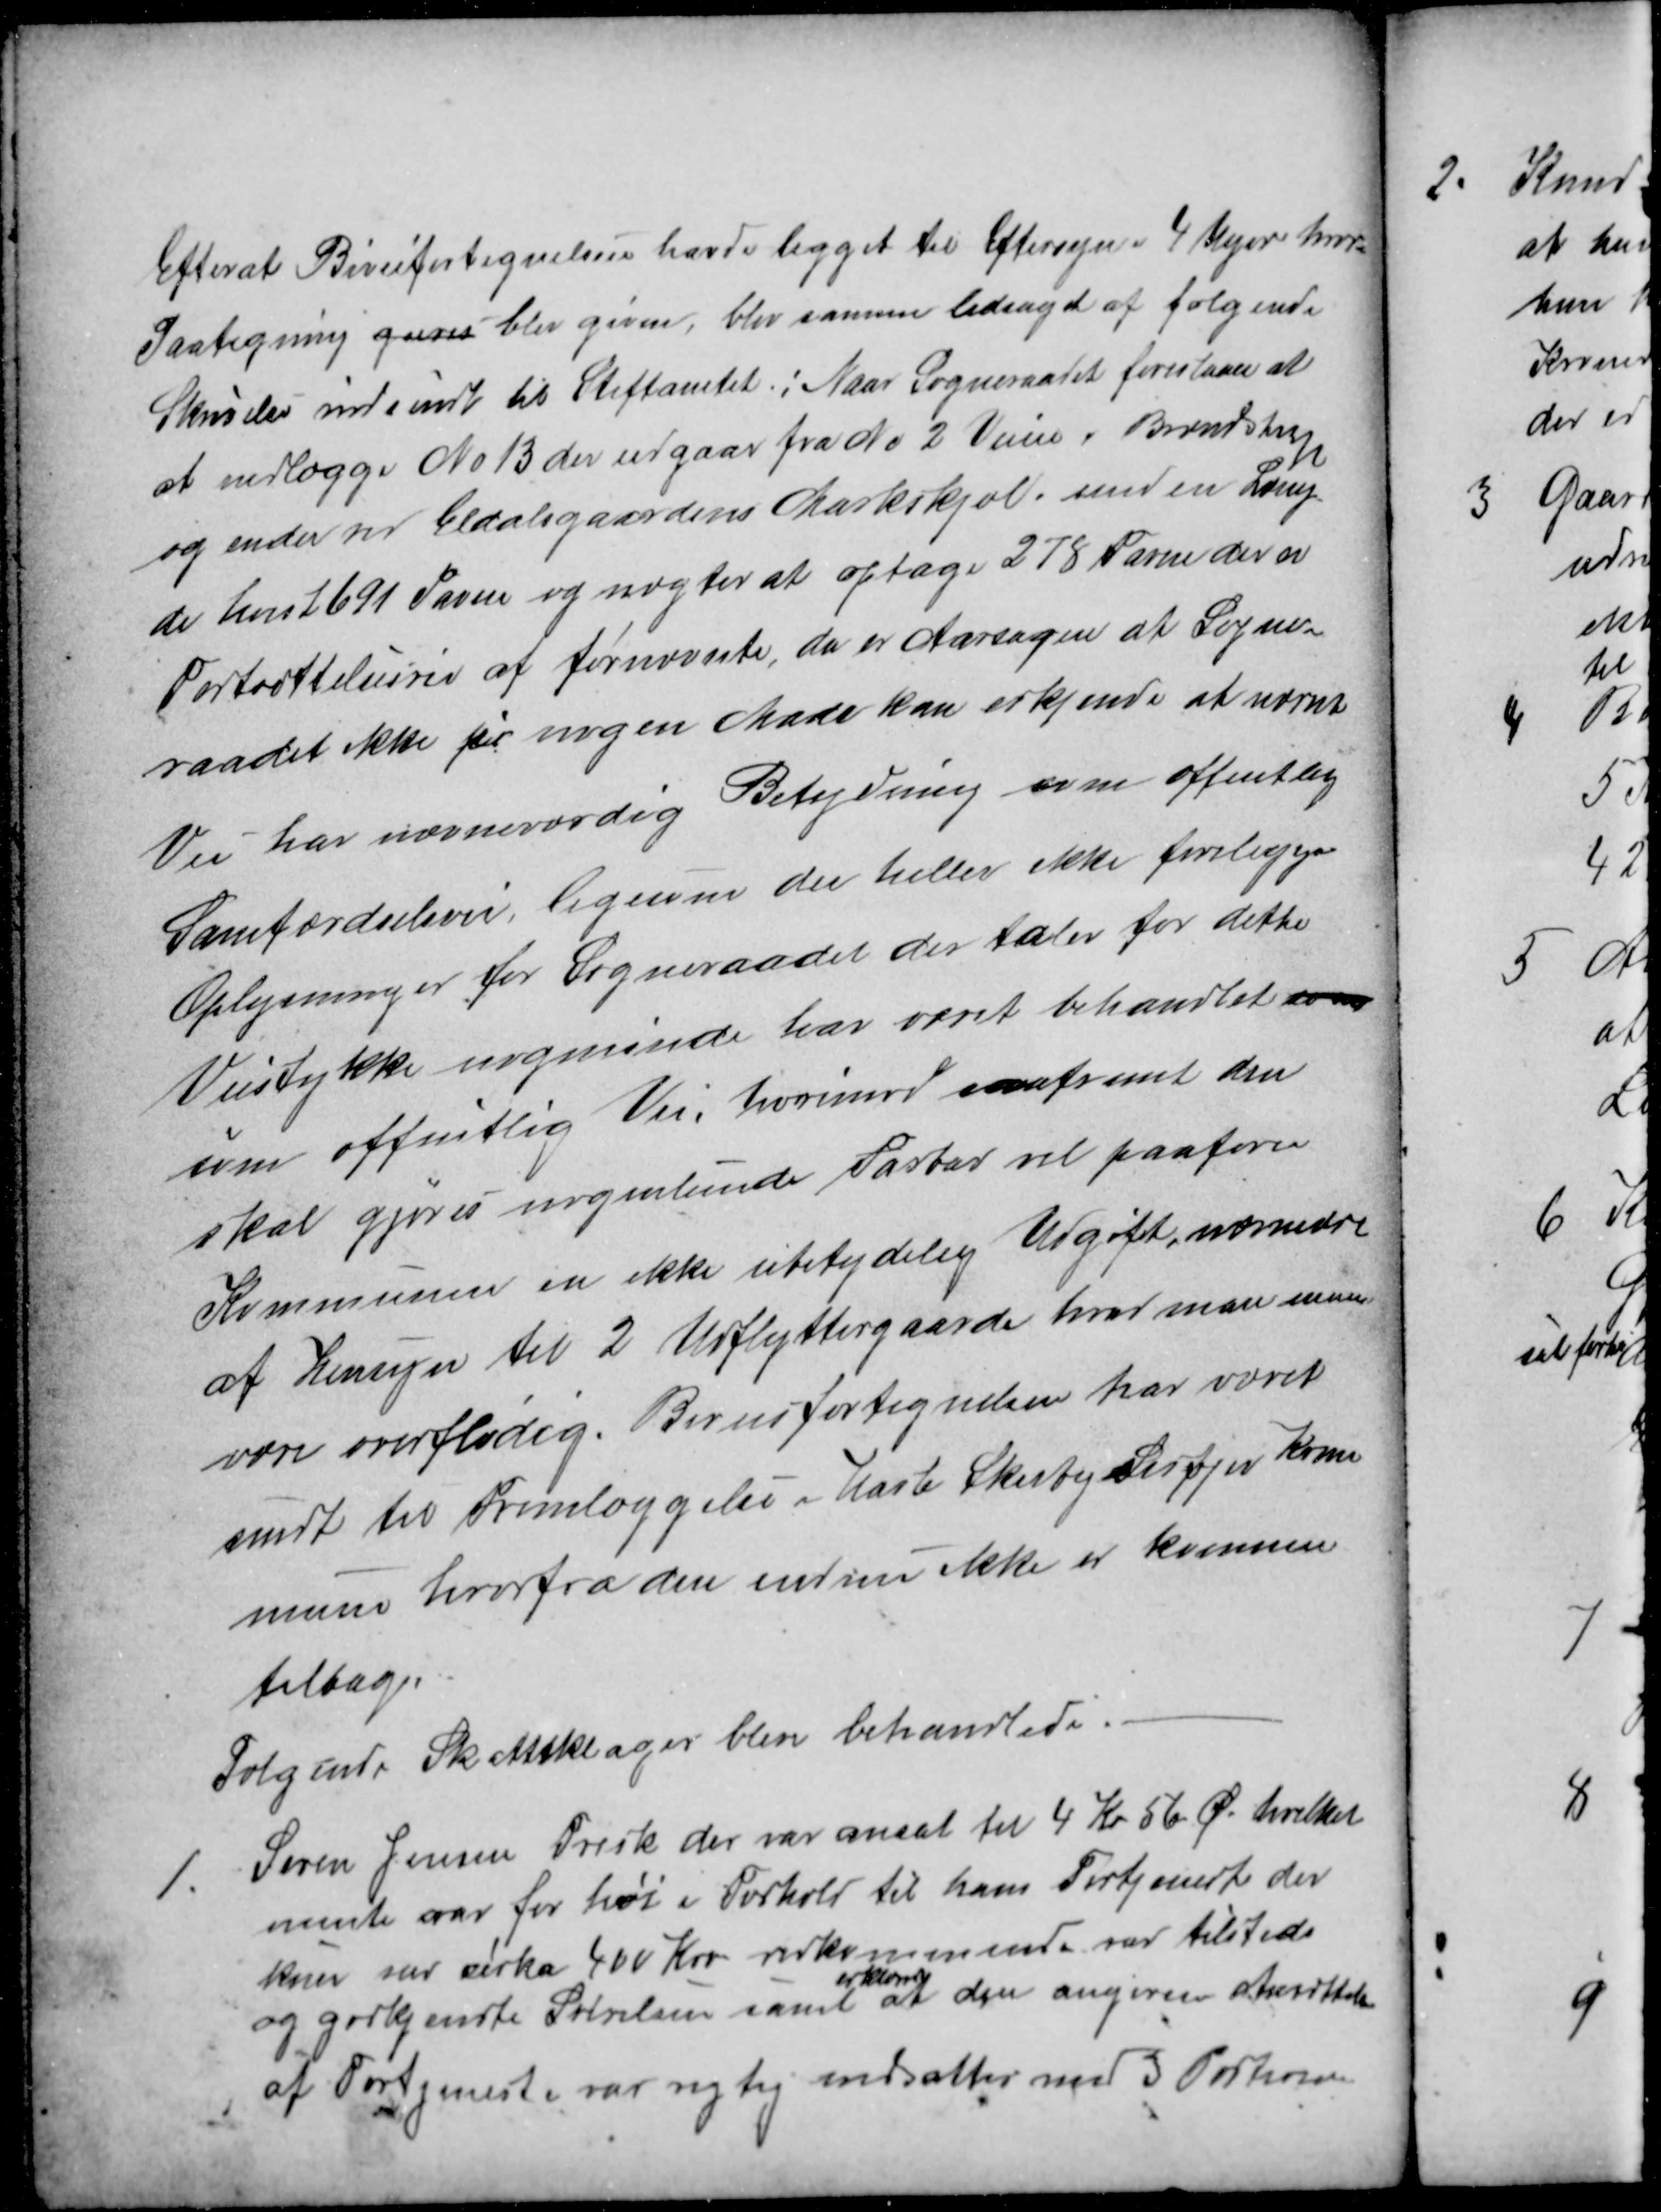
Transskription:
Efter at Biveifortegnelsen havde ligget til Eftersyn i 4 Uger hvor
Paategning gøres blev given, blev samme ledsaget af følgende
Skrivelse indsendt til Stiftamtet : Naar Sogneraadet foreslaaer at
at nedlægge № 13 der udgaar fra № 2 Veien i Brendstrup
og ender ved Eldalsgaardens Markskjæl, med en Læng
de hvist 691 Favne og nægter at optage 278 Favne der er
Fortsættelsesvei af fornævnte, da er Aarsagen at Sogne-
raadet ikke i nogen Made kan erkjende at nævnt
Vei har nævneværdig Betydning som offentlig
Samfærdselsvei ligesom der heller ikke foreligger
Oplysninger for Sogneraadet der taler for dette
Veistykke nogensinde har været behandlet som
som offentlig Vei, hvorimod saafremt den
skal gjøres nogenlunde Farbar vil paaføre
Kommunen en ikke ubetydelig Udgift, endmindre
af Hensyn til 2 Udflyttergaarde hvad man mene
være overflødig. Biveisfortegnelsen har været
sendt til Fremlæggelse i Hasle Skeiby Lisbjerg Kom
mune hvorfra den endnu ikke er kommen
tilbage
Følgende Skatteklager blev behandlede.
1.
Søren Jensen Frisk der var ansat til 4 Kr 56 Ø. hvilket
mente var for høi i Forhold til hans Fortjeneste der
kuns var cirka 400 Kro vedkommende var tilstede
og godkjendte Størelsen samt
erklærede
at den angivne Ansættelse
af Fortjeneste var rigtig nedsattes med 3 Portioner